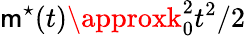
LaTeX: \mathsf{m}^{\star}(t)\approxk_{0}^{2}t^{2}/2